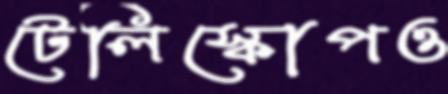
টেলিস্কোপও